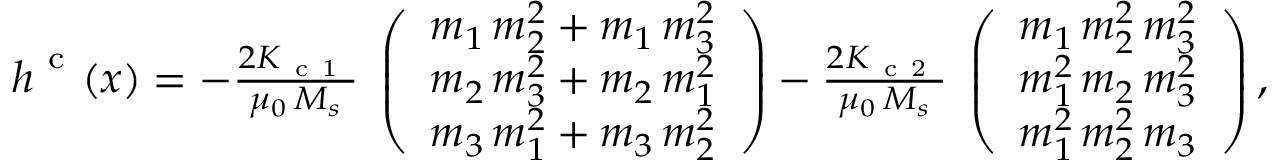
\begin{array} { r } { \boldsymbol { h } ^ { \mathrm { ~ c ~ } } ( \boldsymbol { x } ) = - \frac { 2 K _ { \mathrm { ~ c ~ 1 ~ } } } { \mu _ { 0 } \, M _ { s } } \; \left( \begin{array} { l } { m _ { 1 } \, m _ { 2 } ^ { 2 } + m _ { 1 } \, m _ { 3 } ^ { 2 } } \\ { m _ { 2 } \, m _ { 3 } ^ { 2 } + m _ { 2 } \, m _ { 1 } ^ { 2 } } \\ { m _ { 3 } \, m _ { 1 } ^ { 2 } + m _ { 3 } \, m _ { 2 } ^ { 2 } } \end{array} \right) - \frac { 2 K _ { \mathrm { ~ c ~ 2 ~ } } } { \mu _ { 0 } \, M _ { s } } \; \left( \begin{array} { l } { m _ { 1 } \, m _ { 2 } ^ { 2 } \, m _ { 3 } ^ { 2 } } \\ { m _ { 1 } ^ { 2 } \, m _ { 2 } \, m _ { 3 } ^ { 2 } } \\ { m _ { 1 } ^ { 2 } \, m _ { 2 } ^ { 2 } \, m _ { 3 } } \end{array} \right) , } \end{array}